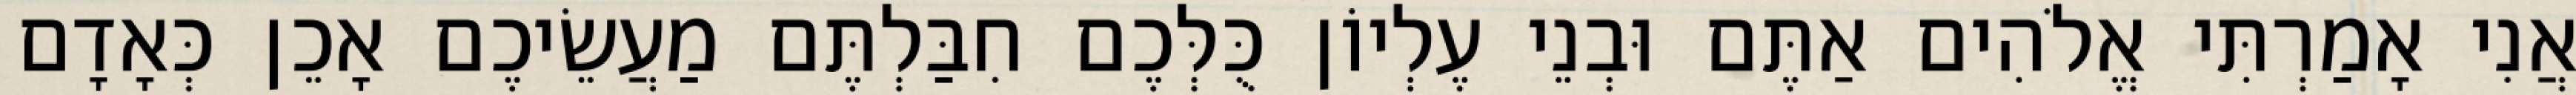
אֲנִי אָמַרְתִּי אֱלֹהִים אַתֶּם וּבְנֵי עֶלְיוֹן כֻּלְּכֶם חִבַּלְתֶּם מַעֲשֵׂיכֶם אָכֵן כְּאָדָם